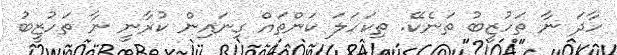
ހާދަ ނާ ތަހުޒީބު ތަނެކޭ. ތިކަހަލަ ކަންތައް ގިނައިން ކުރާނީ ނާ ތަހުޒީބު